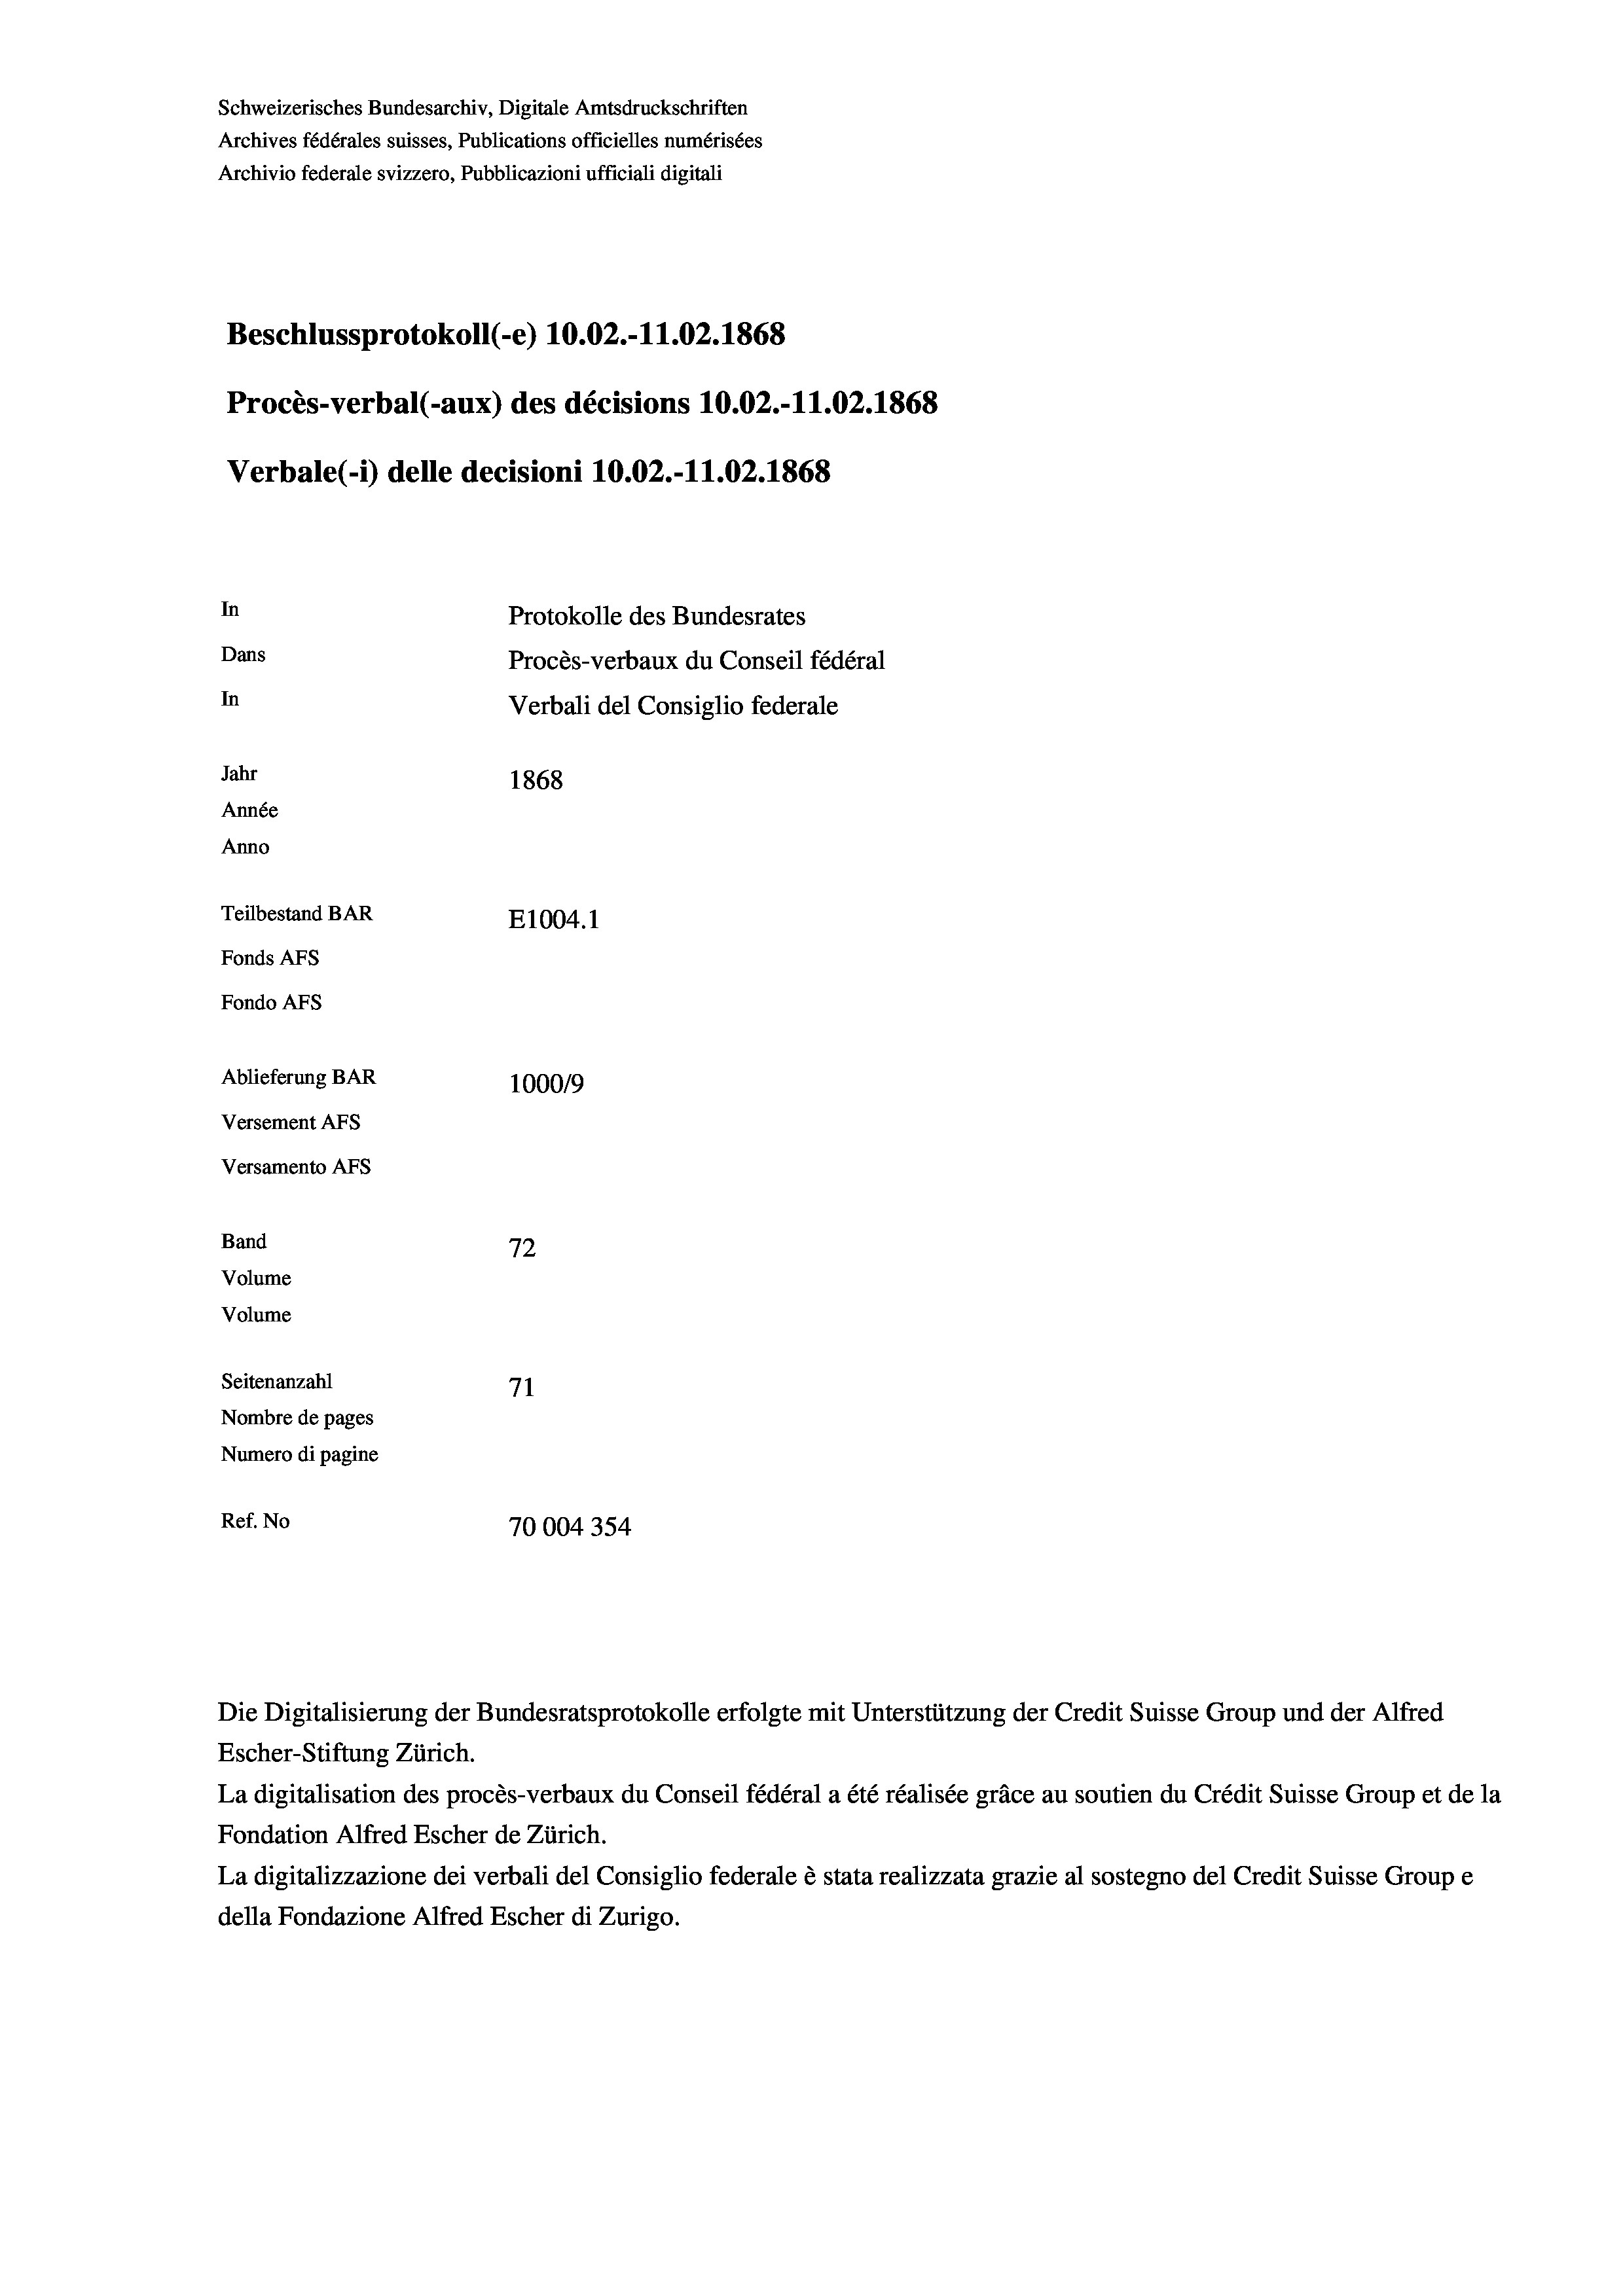
Schweizerisches Bundesarchiv, Digitale Amtsdruckschriften
Archives fédérales suisses, Publications officielles numérisées
Archivio federale svizzero, Pubblicazioni ufficiali digitali
Beschlussprotokoll (-e) 10.02.-11.02. 1868
Procès-verbal (-aux) des décisions 10.02.-11.02. 1868
Verbale(-*) delle decisioni 10.02.-11.02. 1868
In
Protokolle des Bundesrates
Dans
Procès-verbaux du Conseil fédéral
In
Verbali del Consiglio federale
Jahr
1868
Année
Anno
Teilbestand BAR
E1004. 1
Fonds AFs
Fondo Afs
Ablieferung BAR
1000/9
Versement AFs
Versamento AFs
d
Band
72
Volume
Volume
Seitenanzahl
71

Nombre de pages
Numero di pagine
Ref. No
70004354

Escher-Stiftung Zürich.
La digitalisation des procès-verbaux du Conseil fédéral a été réalisée gräce au soutien du Crédit Suisse Group et de la
Fondation Alfred Escher de Zürich.
La digitalizzazione dei verbali del Consiglio federale è stata realizzata grazie al sostegno del Credit Suisse Groupe
della Fondazione Alfred Escher di Zurigo.

Die Digitalisierung der Bundesratsprotokolle erfolgte mit Unterstützung der Credit Suisse Group und der Alfred